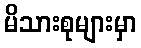
မိသားစုများမှာ